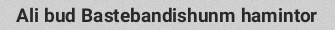
Ali bud Bastebandishunm hamintor